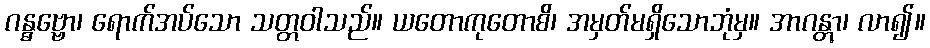
ဂန္ဓဗ္ဗော၊ ရောက်အပ်သော သတ္တဝါသည်။ ယတောကုတောစိ၊ အမှတ်မရှိသောဘုံမှ။ အာဂန္တွာ၊ လာ၍။